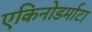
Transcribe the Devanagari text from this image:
एकिनोडर्माटा